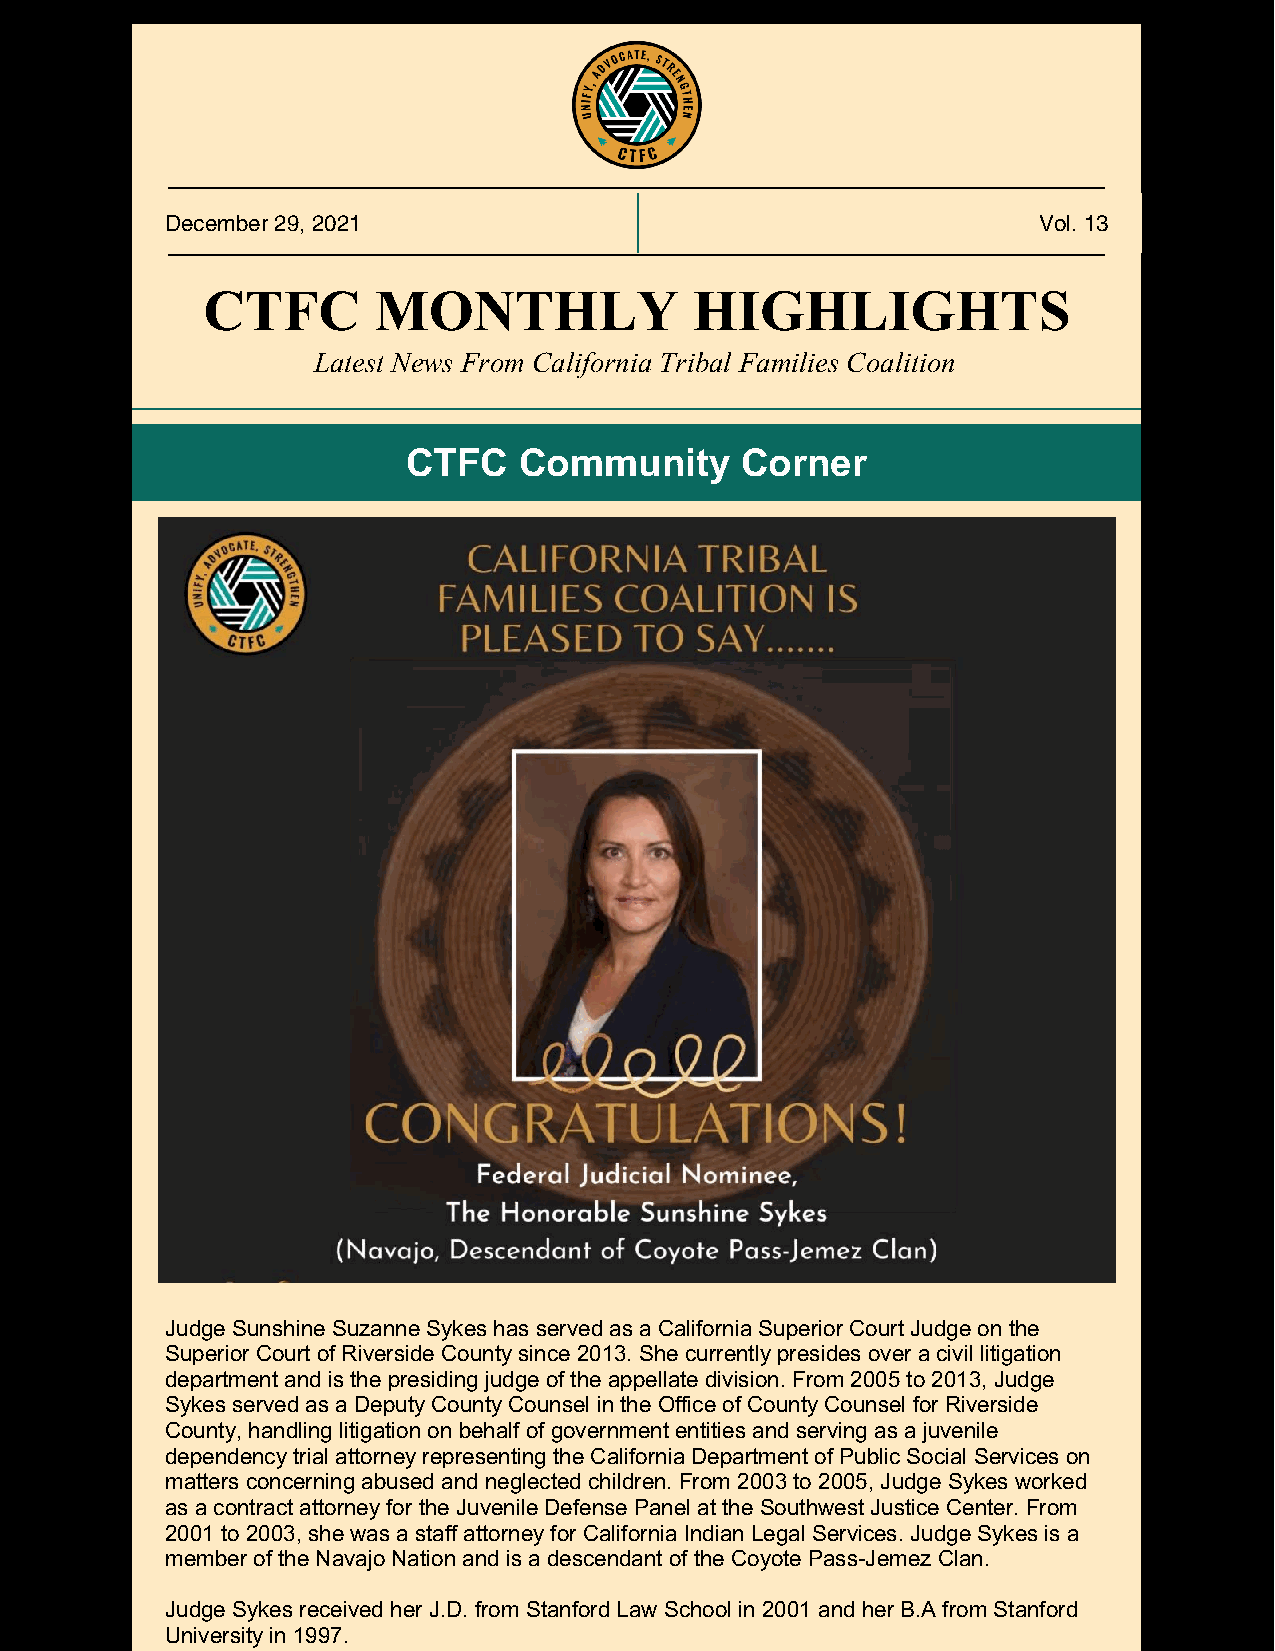
December 29, 2021                                         Vol. 13
 CTFC        MONTHLY              HIGHLIGHTS
 Latest News From California Tribal Families Coalition
 CTFC   Community      Corner
 Judge Sunshine Suzanne Sykes has served as a California Superior Court Judge on the
 Superior Court of Riverside County since 2013. She currently presides over a civil litigation
 department and is the presiding judge of the appellate division. From 2005 to 2013, Judge
 Sykes served as a Deputy County Counsel in the Office of County Counsel for Riverside
 County, handling litigation on behalf of government entities and serving as a juvenile
 dependency trial attorney representing the California Department of Public Social Services on
 matters concerning abused and neglected children. From 2003 to 2005, Judge Sykes worked
 as a contract attorney for the Juvenile Defense Panel at the Southwest Justice Center. From
 2001 to 2003, she was a staff attorney for California Indian Legal Services. Judge Sykes is a
 member of the Navajo Nation and is a descendant of the Coyote Pass-Jemez Clan.
 Judge Sykes received her J.D. from Stanford Law School in 2001 and her B.A from Stanford
 University in 1997.